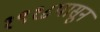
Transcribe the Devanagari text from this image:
१९१८पासून